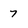
Character: 7